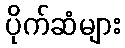
ပိုက်ဆံများ